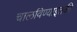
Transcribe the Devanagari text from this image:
चालविण्याइतकी